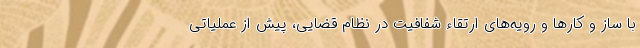
با ساز و کارها و رویه‌های ارتقاء شفافیت در نظام قضایی، پیش از عملیاتی